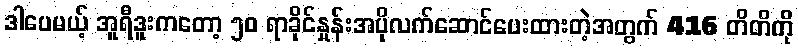
ဒါပေမယ့် အူရီဒူးကတော့ ၅၀ ရာခိုင်နှုန်းအပိုလက်ဆောင်ပေးထားတဲ့အတွက် 416 တိတိကို